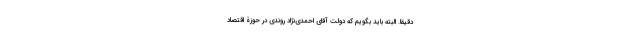
دقیقا. البته باید بگویم که دولت آقای احمدی‌نژاد روندی در حوزۀ اقتصاد